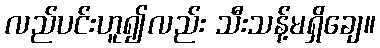
လည်ပင်းဟူ၍လည်း သီးသန့်မရှိချေ။